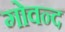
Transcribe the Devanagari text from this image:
गोवन्द